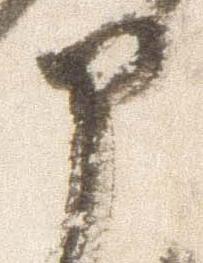
部